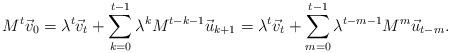
LaTeX: \begin{align*}M^t \vec v_0 = \lambda^t \vec v_t + \sum_{k=0}^{t-1} \lambda^{k} M^{t-k-1} \vec u_{k+1} = \lambda^t \vec v_t + \sum_{m=0}^{t-1} \lambda^{t-m-1} M^{m} \vec u_{t-m}.\end{align*}